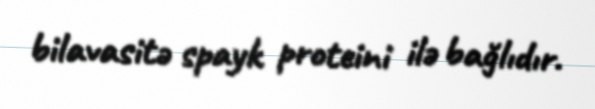
bilavasitə spayk proteini ilə bağlıdır.